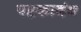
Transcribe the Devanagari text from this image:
पट्टकादंब